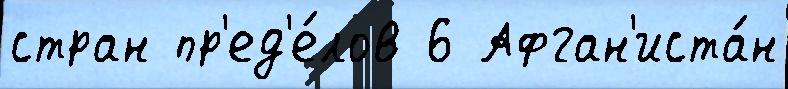
стран пр'ед'е́лов 6 Афган'иста́н